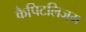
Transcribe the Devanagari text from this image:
कैपिटलिज़्म